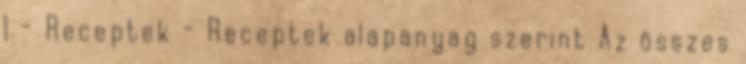
1 - Receptek - Receptek alapanyag szerint Az összes